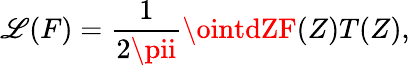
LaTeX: \mathscr{L}(F)=\frac{{1}}{{2\pii}}\ointdZF(Z)T(Z),